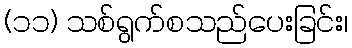
(၁၁) သစ်ရွက်စသည်ပေးခြင်း၊